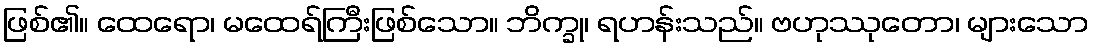
ဖြစ်၏။ ထေရော၊ မထေရ်ကြီးဖြစ်သော။ ဘိက္ခု၊ ရဟန်းသည်။ ဗဟုဿုတော၊ များသော